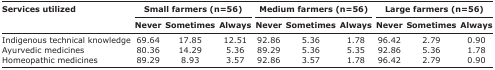
<table><thead><tr><td rowspan="3"><b>Services utilized</b></td><td colspan="3"><b>Small farmers (n=56)</b></td><td colspan="3"><b>Medium farmers (n=56)</b></td><td colspan="3"><b>Large farmers (n=56)</b></td></tr><tr><td><b>Never</b></td><td><b>Sometimes</b></td><td><b>Always</b></td><td><b>Never</b></td><td><b>Sometimes</b></td><td><b>Always</b></td><td><b>Never</b></td><td><b>Sometimes</b></td><td><b>Always</b></td></tr></thead><tbody><tr><td>Indigenous technical knowledge</td><td>69.64</td><td>17.85</td><td>12.51</td><td>92.86</td><td>5.36</td><td>1.78</td><td>96.42</td><td>2.79</td><td>0.90</td></tr><tr><td>Ayurvedic medicines</td><td>80.36</td><td>14.29</td><td>5.36</td><td>89.29</td><td>5.36</td><td>5.35</td><td>92.86</td><td>5.36</td><td>1.78</td></tr><tr><td>Homeopathic medicines</td><td>89.29</td><td>8.93</td><td>3.57</td><td>92.86</td><td>3.57</td><td>1.78</td><td>96.42</td><td>2.79</td><td>0.90</td></tr></tbody></table>